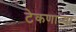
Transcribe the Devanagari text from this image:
टेकणार्‍या